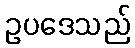
ဥပဒေသည်